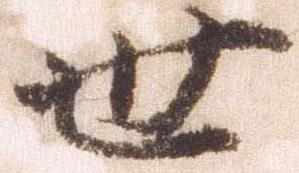
世